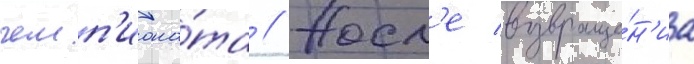
чемп'иона́та // Посл'е возвраще́н'иа